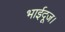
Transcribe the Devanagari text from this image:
भाईदूज।